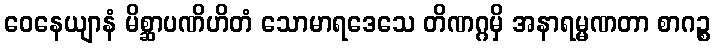
ဝေနေယျာနံ မိစ္ဆာပဏိဟိတံ သောမာရဒေသေ တိဏဂ္ဂမှိ အနာရမ္မဏတာ စာဂဉ္စ